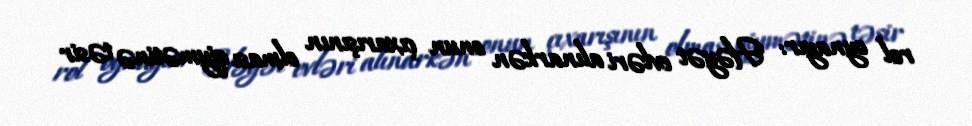
rol oynayır: "Həyət evləri alınarkən onun çıxarışının olması qiymətinə təsir